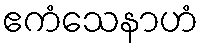
ဧကံသေနာဟံ